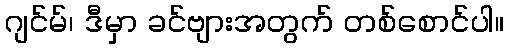
ဂျင်မ်၊ ဒီမှာ ခင်ဗျားအတွက် တစ်စောင်ပါ။